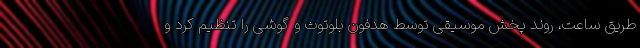
طریق ساعت، روند پخش موسیقی توسط هدفون بلوتوث و گوشی را تنظیم کرد و